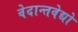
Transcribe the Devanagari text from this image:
वेदान्तवेद्यो